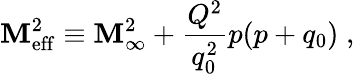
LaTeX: \mathbf{M}_{\mathrm{{eff}}}^{2}\equiv\mathbf{M}_{\infty}^{2}+{\frac{{Q^{2}}}{{q_{0}^{2}}}}p(p+q_{0})\; ,